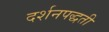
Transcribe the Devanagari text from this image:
दर्शनपद्धती